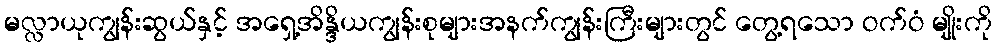
မလ္လာယုကျွန်းဆွယ်နှင့် အရှေ့အိန္ဒိယကျွန်းစုများအနက်ကျွန်းကြီးများတွင် တွေ့ရသော ဝက်ဝံ မျိုးကို